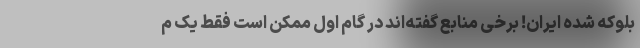
بلوکه شده ایران! برخی منابع گفته‌اند در گام اول ممکن است فقط یک م